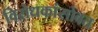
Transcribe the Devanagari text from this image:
विरोधकांसोबत